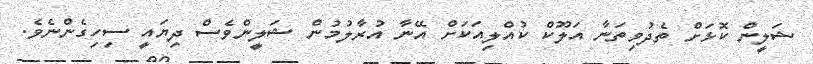
ޝަލީން ކޮޅަށް ތެދުވިތަނާ އަލޫކް ކުއްލިއަކަށް އޭނާ އުރާލުމުން ޝަލީންވެސް ދިޔައީ ސިހިގެންނެވެ.